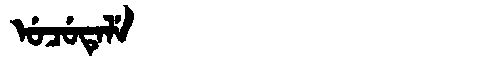
Manchu: ᡠᠴᡠᡨᡝᠯᡝ
Romanization: UCUTELE